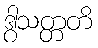
ဒွါသတ္တတိ